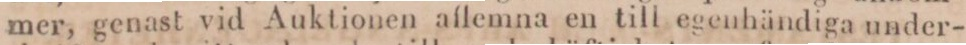
mer, genast vid Auktionen aflemna en till egenhändiga under-